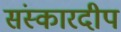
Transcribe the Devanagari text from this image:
संस्कारदीप